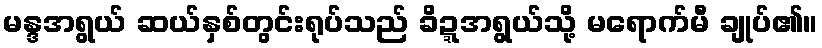
မန္ဒအရွယ် ဆယ်နှစ်တွင်းရုပ်သည် ခိဍ္ဍအရွယ်သို့ မရောက်မီ ချုပ်၏။